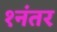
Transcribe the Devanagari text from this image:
१नंतर